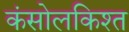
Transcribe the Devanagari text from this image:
कंसोलकिश्त